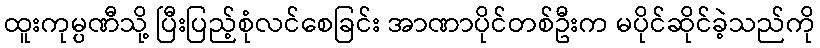
ထူးကုမ္ပဏီသို့ ပြီးပြည့်စုံလင်စေခြင်း အာဏာပိုင်တစ်ဦးက မပိုင်ဆိုင်ခဲ့သည်ကို